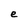
Character: e